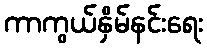
ကာကွယ်နှိမ်နင်းရေး